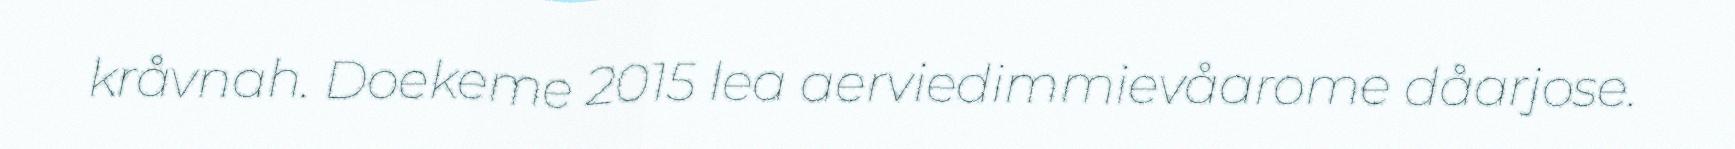
kråvnah. Doekeme 2015 lea aerviedimmievåarome dåarjose.